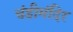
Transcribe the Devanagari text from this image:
चंडीमंदिर